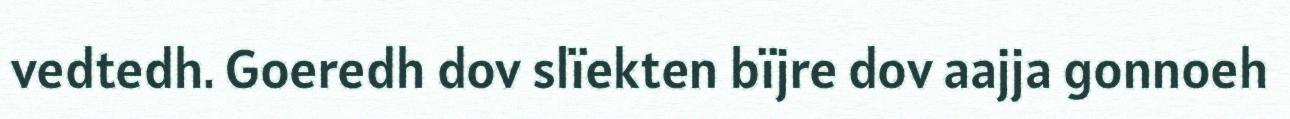
vedtedh. Goeredh dov slïekten bïjre dov aajja gonnoeh